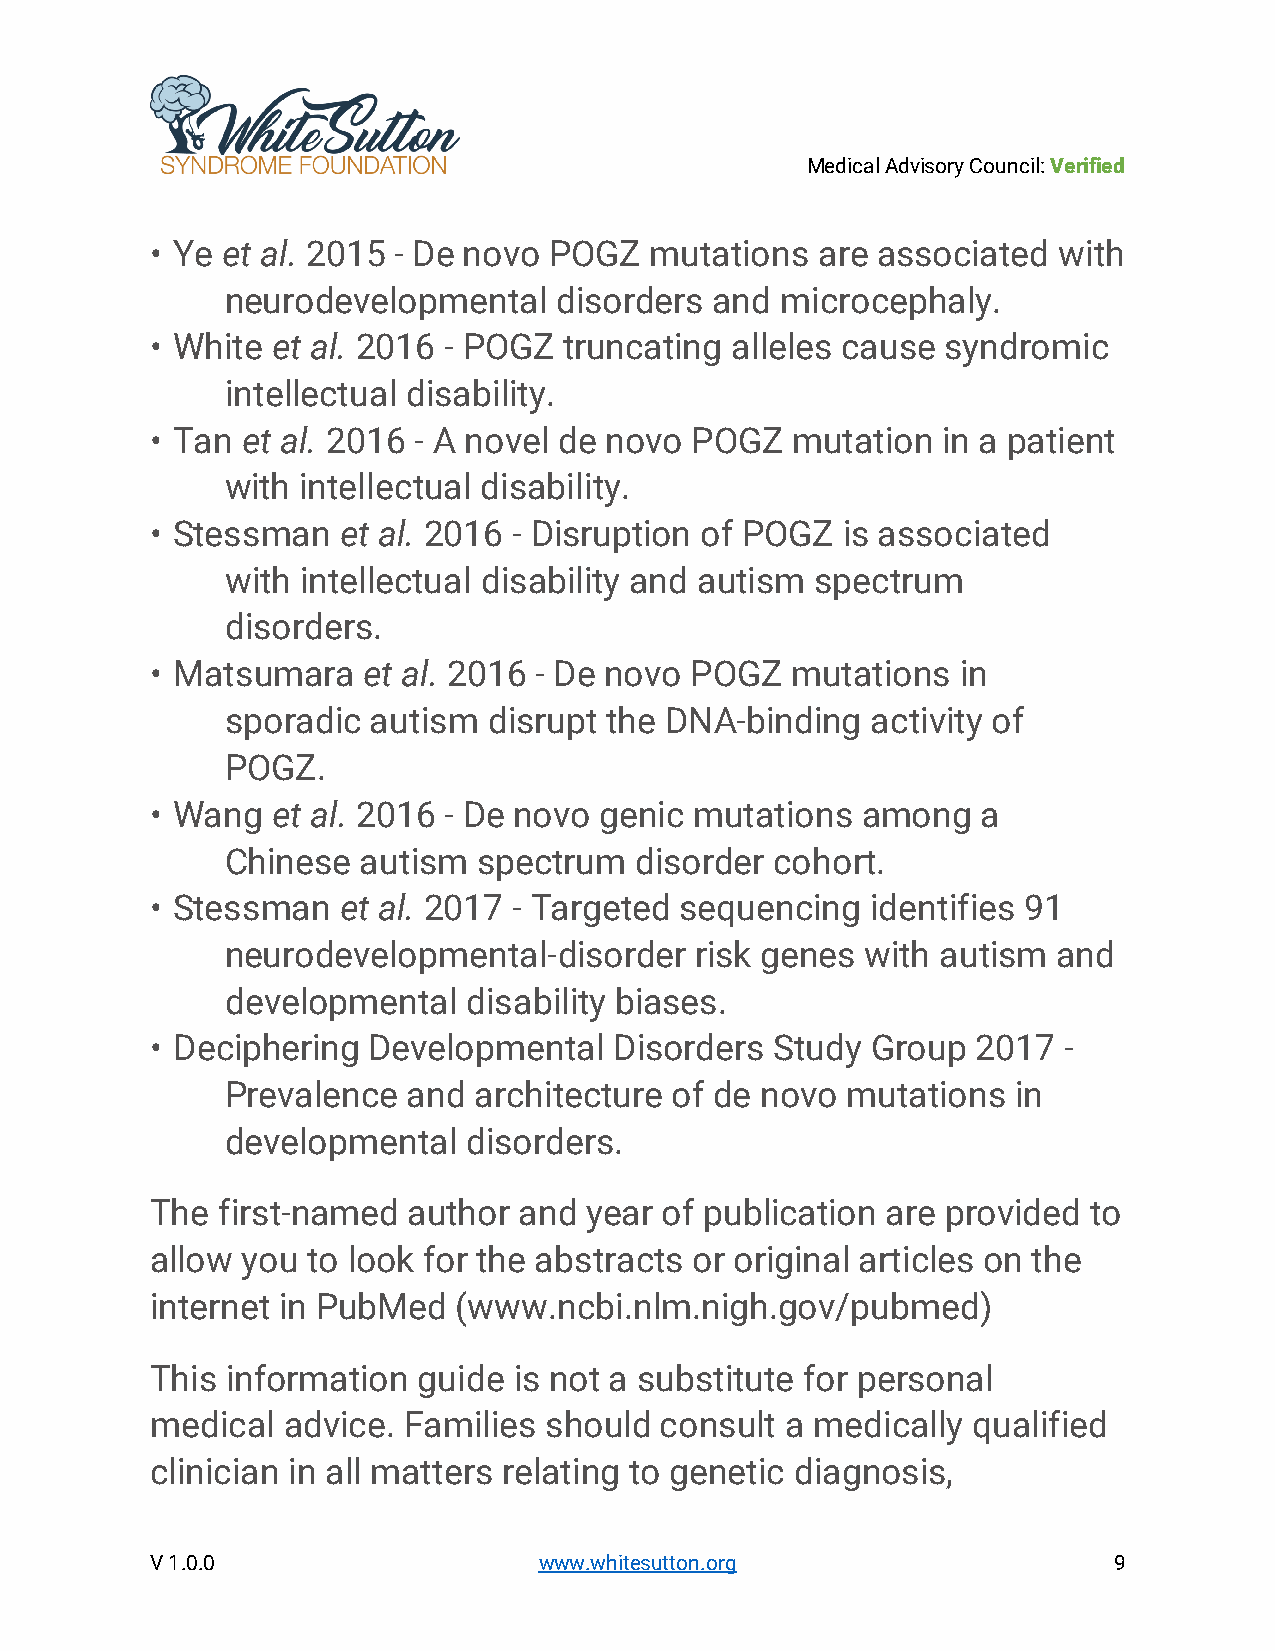
Medical Advisory Council: Verified
 • Ye et al. 2015 - De novo POGZ  mutations  are associated  with
 neurodevelopmental    disorders and  microcephaly.
 • White et al. 2016 - POGZ truncating alleles cause  syndromic
 intellectual disability.
 • Tan et al. 2016 - A novel de novo POGZ  mutation  in a patient
 with intellectual disability.
 • Stessman   et al. 2016 - Disruption of POGZ is associated
 with intellectual disability and autism spectrum
 disorders.
 • Matsumara   et al. 2016 - De novo POGZ  mutations   in
 sporadic  autism disrupt the DNA-binding   activity of
 POGZ.
 • Wang  et al. 2016 - De novo genic mutations  among   a
 Chinese  autism  spectrum  disorder cohort.
 • Stessman   et al. 2017 - Targeted sequencing  identifies 91
 neurodevelopmental-disorder    risk genes with autism  and
 developmental   disability biases.
 • Deciphering Developmental    Disorders Study  Group  2017 -
 Prevalence  and architecture  of de novo mutations  in
 developmental   disorders.
 The first-named  author and  year of publication are provided to
 allow you to look for the abstracts or original articles on the
 internet in PubMed  (www.ncbi.nlm.nigh.gov/pubmed)
 This information  guide is not a substitute for personal
 medical  advice. Families should  consult a medically qualified
 clinician in all matters relating to genetic diagnosis,
 V 1.0.0                   www.whitesutton.org                   9